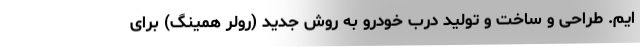
ایم. طراحی و ساخت و تولید درب خودرو به روش جدید (رولر همینگ) برای